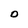
Character: O